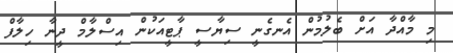
މި މާއްދާ އަށް ބެލުމުން އެނގެނީ ސިޔާސީ ޕާޓީއަކުން އިސްލާމް ދީނާ ހިލާފް